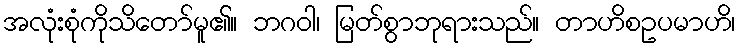
အလုံးစုံကိုသိတော်မူ၏။ ဘဂဝါ၊ မြတ်စွာဘုရားသည်။ တာဟိစဥပမာဟိ၊